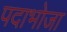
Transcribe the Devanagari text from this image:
पदाभोजा